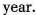
year.